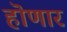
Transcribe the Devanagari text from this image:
हॊणार